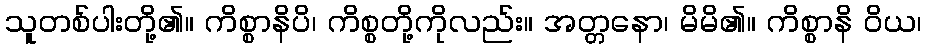
သူတစ်ပါးတို့၏။ ကိစ္စာနိပိ၊ ကိစ္စတို့ကိုလည်း။ အတ္တနော၊ မိမိ၏။ ကိစ္စာနိ ဝိယ၊